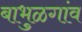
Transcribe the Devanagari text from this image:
बाभुळगांव